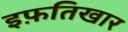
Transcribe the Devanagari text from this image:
इफ़तिखार